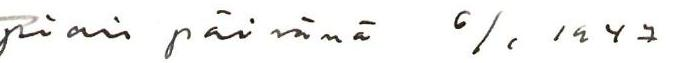
piaispäivänä 6/1 1947